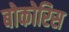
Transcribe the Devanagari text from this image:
बोकोरिस